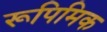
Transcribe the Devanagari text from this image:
रूपिमिक